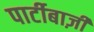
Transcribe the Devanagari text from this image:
पार्टीबाज़ी